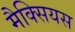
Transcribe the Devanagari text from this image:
मैक्सियस